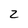
Character: 2